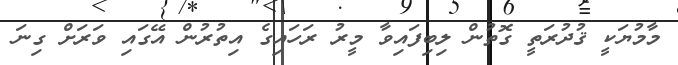
މާމުޔަކީ ޤުދުރަތީ ގޮތުން ލިބިފައިވާ މީރު ރަހައިގެ އިތުރުން އޭގައި ވަރަށް ގިނަ